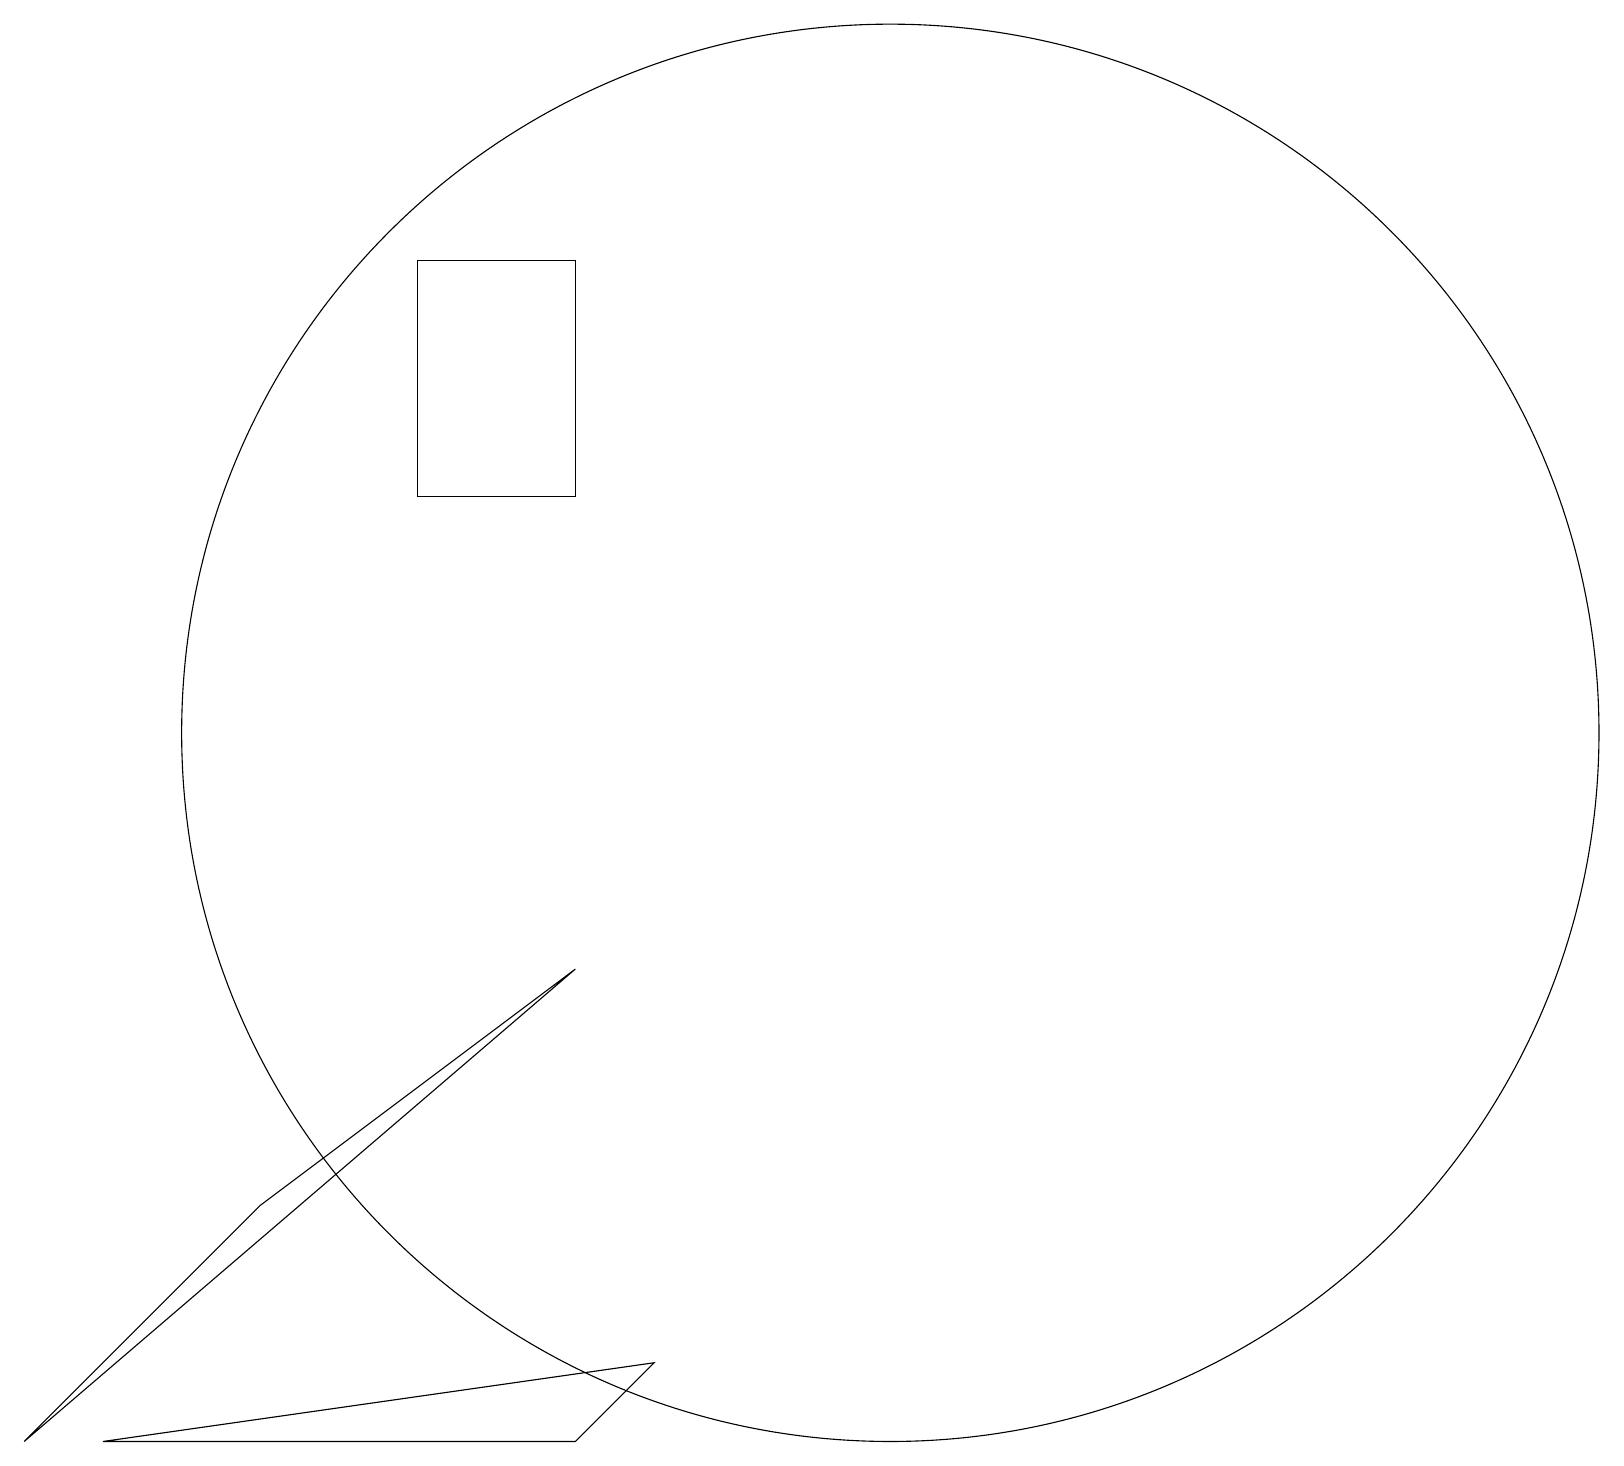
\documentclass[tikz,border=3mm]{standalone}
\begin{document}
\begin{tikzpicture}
\draw (11,12) circle (9);
\draw (3,6) -- (7,9) -- (0,3) -- cycle;
\draw (7,18) rectangle (5,15);
\draw (7,3) -- (8,4) -- (1,3) -- cycle;
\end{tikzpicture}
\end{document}